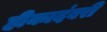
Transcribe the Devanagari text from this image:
हीकादंबरी